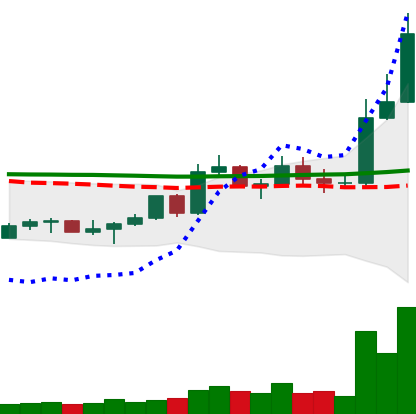
Ticker: LTC-USD
Chart end date: 2022-11-04
Forward return: -25.058%
Label: down_7plus